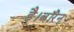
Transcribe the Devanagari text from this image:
है।वॉरेन